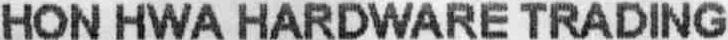
HON HWA HARDWARE TRADING